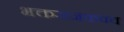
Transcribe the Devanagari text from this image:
भक्तराजकवच